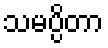
သမပ္ပိတာ